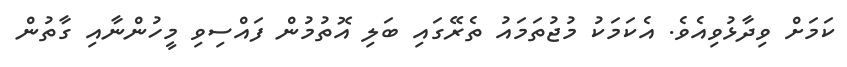
ކަމަށް ވިދާޅުވިއެވެ. އެކަމަކު މުޖުތަމައު ތެރޭގައި ބަލި އޮތުމުން ފައްސިވި މީހުންނާއި ގާތުން